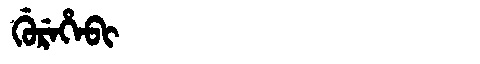
Manchu: ᡤᡠᡵᡝᡥᡝᠪᡳ
Romanization: GUREHEBI